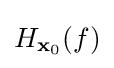
H_{\mathbf {x} _{0}}(f)